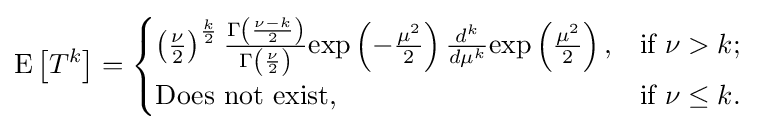
{\mbox{E}}\left[T^{k}\right]={\begin{cases}\left({\frac {\nu }{2}}\right)^{\frac {k}{2}}{\frac {\Gamma \left({\frac {\nu -k}{2}}\right)}{\Gamma \left({\frac {\nu }{2}}\right)}}{\mbox{exp}}\left(-{\frac {\mu ^{2}}{2}}\right){\frac {d^{k}}{d\mu ^{k}}}{\mbox{exp}}\left({\frac {\mu ^{2}}{2}}\right),&{\mbox{if }}\nu >k;\\{\mbox{Does not exist}},&{\mbox{if }}\nu \leq k.\\\end{cases}}